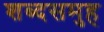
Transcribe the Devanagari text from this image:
शब्दसमुह